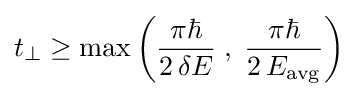
t_{\perp }\geq \max \left({\frac {\pi \hbar }{2\,\delta E}}\;,\;{\frac {\pi \hbar }{2\,E_{\text{avg}}}}\right)